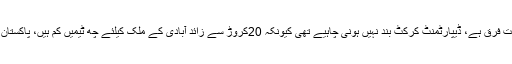
انہوں نے کہا کہ ماضی کی اور موجودہ کرکٹ میں بہت فرق ہے، ڈیپارٹمنٹ کرکٹ بند نہیں ہونی چاہیے تھی کیونکہ 20کروڑ سے زائد آبادی کے ملک کیلئے چھ ٹیمیں کم ہیں، پاکستان میں کرکٹ کھیلنے والے ہر کھلاڑی موقع ملنا چاہیے۔